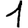
Digit: 1